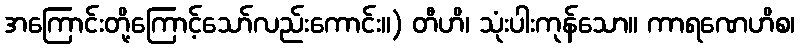
အကြောင်းတို့ကြောင့်သော်လည်းကောင်း။) တီဟိ၊ သုံးပါးကုန်သော။ ကာရဏေဟိစ၊